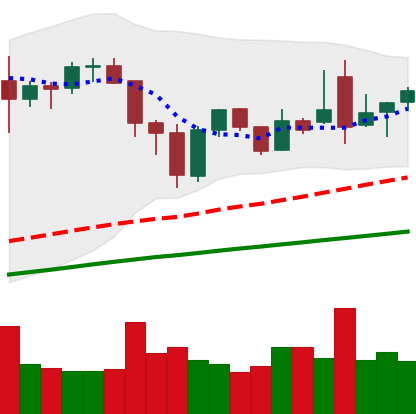
Ticker: BNB-USD
Chart end date: 2021-11-29
Forward return: -8.847%
Label: down_7plus